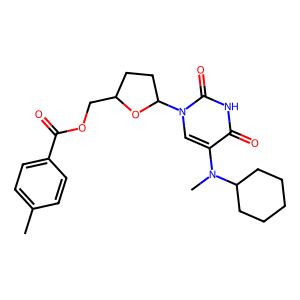
SMILES: Cc1ccc(C(=O)OCC2CCC(n3cc(N(C)C4CCCCC4)c(=O)[nH]c3=O)O2)cc1
Inhibits HIV replication: No